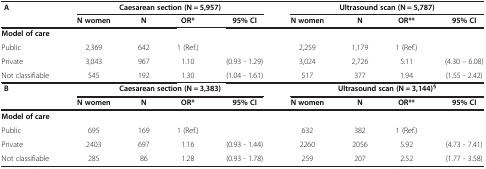
<table><thead><tr><td><b> A</b></td><td colspan="4"><b>Caesarean section (N = 5,957)</b></td><td colspan="4"><b>Ultrasound scan (N = 5,787)</b></td></tr><tr><td><b> </b></td><td><b>N women</b></td><td><b>N</b></td><td><b>OR*</b></td><td><b>95% CI</b></td><td><b>N women</b></td><td><b>N</b></td><td><b>OR**</b></td><td><b>95% CI</b></td></tr></thead><tbody><tr><td><b>Model of care</b></td><td> </td><td> </td><td> </td><td> </td><td> </td><td> </td><td> </td><td> </td></tr><tr><td>Public</td><td>2,369</td><td>642</td><td>1 (Ref.)</td><td> </td><td>2,259</td><td>1,179</td><td>1 (Ref.)</td><td> </td></tr><tr><td>Private</td><td>3,043</td><td>967</td><td>1.10</td><td>(0.93 - 1.29)</td><td>3,024</td><td>2,726</td><td>5.11</td><td>(4.30 – 6.08)</td></tr><tr><td>Not classifiable</td><td>545</td><td>192</td><td>1.30</td><td>(1.04 - 1.61)</td><td>517</td><td>377</td><td>1.94</td><td>(1.55 - 2.42)</td></tr><tr><td> <b>B</b></td><td colspan="4"><b>Caesarean section (N = 3,383)</b></td><td colspan="4"><b>Ultrasound scan (N = 3,144)</b><sup><b>§</b></sup></td></tr><tr><td> </td><td><b>N women</b></td><td><b>N</b></td><td><b>OR*</b></td><td><b>95% CI</b></td><td><b>N women</b></td><td><b>N</b></td><td><b>OR**</b></td><td><b>95% CI</b></td></tr><tr><td><b>Model of care</b></td><td> </td><td> </td><td> </td><td> </td><td> </td><td> </td><td> </td><td> </td></tr><tr><td>Public</td><td>695</td><td>169</td><td>1 (Ref.)</td><td> </td><td>632</td><td>382</td><td>1 (Ref.)</td><td> </td></tr><tr><td>Private</td><td>2403</td><td>697</td><td>1.16</td><td>(0.93 - 1.44)</td><td>2260</td><td>2056</td><td>5.92</td><td>(4.73 - 7.41)</td></tr><tr><td>Not classifiable</td><td>285</td><td>86</td><td>1.28</td><td>(0.93 - 1.78)</td><td>259</td><td>207</td><td>2.52</td><td>(1.77 - 3.58)</td></tr></tbody></table>